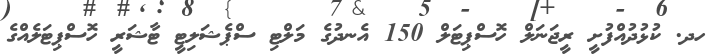
ހދ. ކުޅުދުއްފުށީ ރީޖަނަލް ހޮސްޕިޓަލް 150 އެނދުގެ މަލްޓި ސްޕެޝަލިޓީ ޓާޝަރީ ހޮސްޕިޓަލެއްގެ